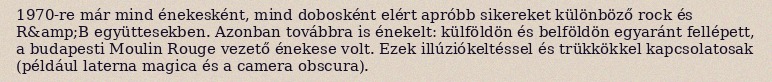
1970-re már mind énekesként, mind dobosként elért apróbb sikereket különböző rock és R&amp;B együttesekben. Azonban továbbra is énekelt: külföldön és belföldön egyaránt fellépett, a budapesti Moulin Rouge vezető énekese volt. Ezek illúziókeltéssel és trükkökkel kapcsolatosak (például laterna magica és a camera obscura).